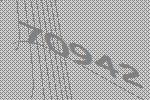
70942